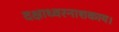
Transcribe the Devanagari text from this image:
दक्षाध्वरनाशकाय।